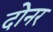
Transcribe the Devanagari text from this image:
दोनर